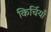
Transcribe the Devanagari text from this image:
किर्चियाँ